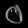
Digit: ၀